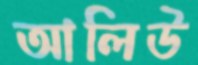
আলিউ